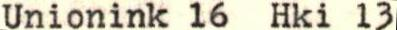
Unionink 16 Hki 13